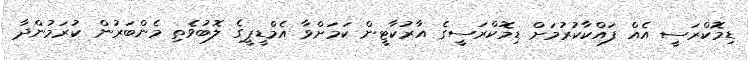
ޑިމޮކްރަސީ އެއް ފައްކާކުރުމަށް ޑިމޮކްރަސީގެ އާރުކާޓީން ކަމަށްވާ އެމްޑީޕީގެ ލޮބުވެތި މެންބަރުން ކުރަމުންދާ